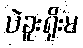
ပဲခူးရိုးမ